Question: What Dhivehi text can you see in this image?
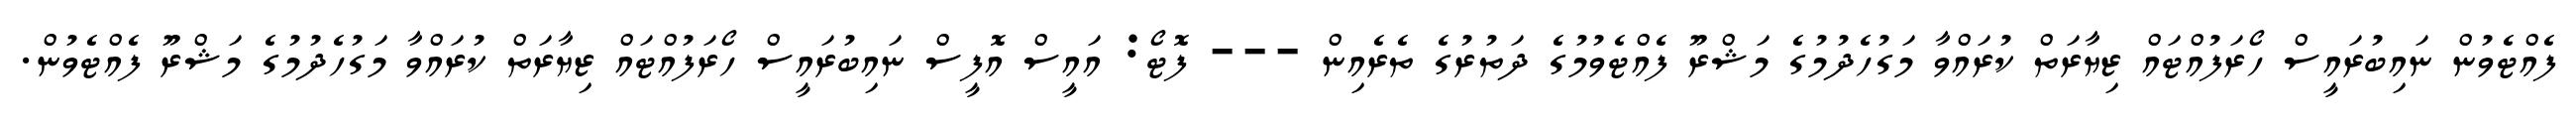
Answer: ފެއްޓެވުން ނައިބުރައީސް ހޯރަފުއްޓައް ޒިޔާރަތް ކުރައްވާ މަގުހެދުމުގެ މަޝްރޫ ފެއްޓެވުމުގެ ދަތުރުގެ ތެރެއިން --- ފޮޓޯ: އައީސް އޮފީސް ނައިބުރައީސް ހޯރަފުއްޓައް ޒިޔާރަތް ކުރައްވާ މަގުހެދުމުގެ މަޝްރޫ ފެއްޓެވުން.